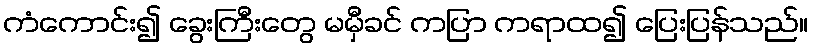
ကံကောင်း၍ ခွေးကြီးတွေ မမှီခင် ကပြာ ကရာထ၍ ပြေးပြန်သည်။